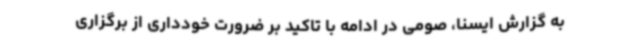
به گزارش ایسنا، صومی در ادامه با تاکید بر ضرورت خودداری از برگزاری